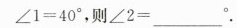
$$∠ 1 = 4 0 °$$，则$$∠ 2 = ___ $$.